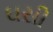
ઘસી